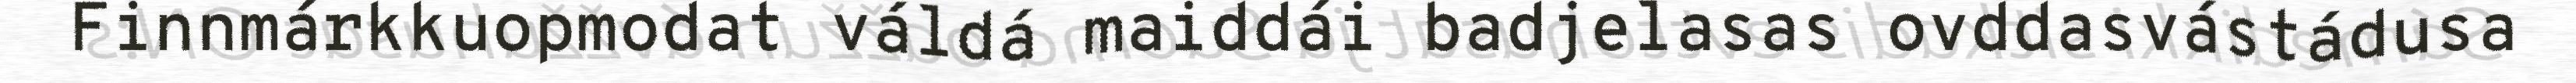
Finnmárkkuopmodat váldá maiddái badjelasas ovddasvástádusa